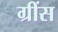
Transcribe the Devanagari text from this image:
ग्रींस